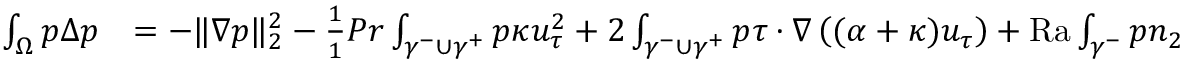
\begin{array} { r l } { \int _ { \Omega } p \Delta p } & { = - \| \nabla p \| _ { 2 } ^ { 2 } - \frac { 1 } { 1 } { { P r } } \int _ { \gamma ^ { - } \cup \gamma ^ { + } } p \kappa u _ { \tau } ^ { 2 } + 2 \int _ { \gamma ^ { - } \cup \gamma ^ { + } } p \tau \cdot \nabla \left( ( \alpha + \kappa ) u _ { \tau } \right) + { \mathrm { R a } } \int _ { \gamma ^ { - } } p n _ { 2 } } \end{array}